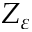
Z _ { \varepsilon }